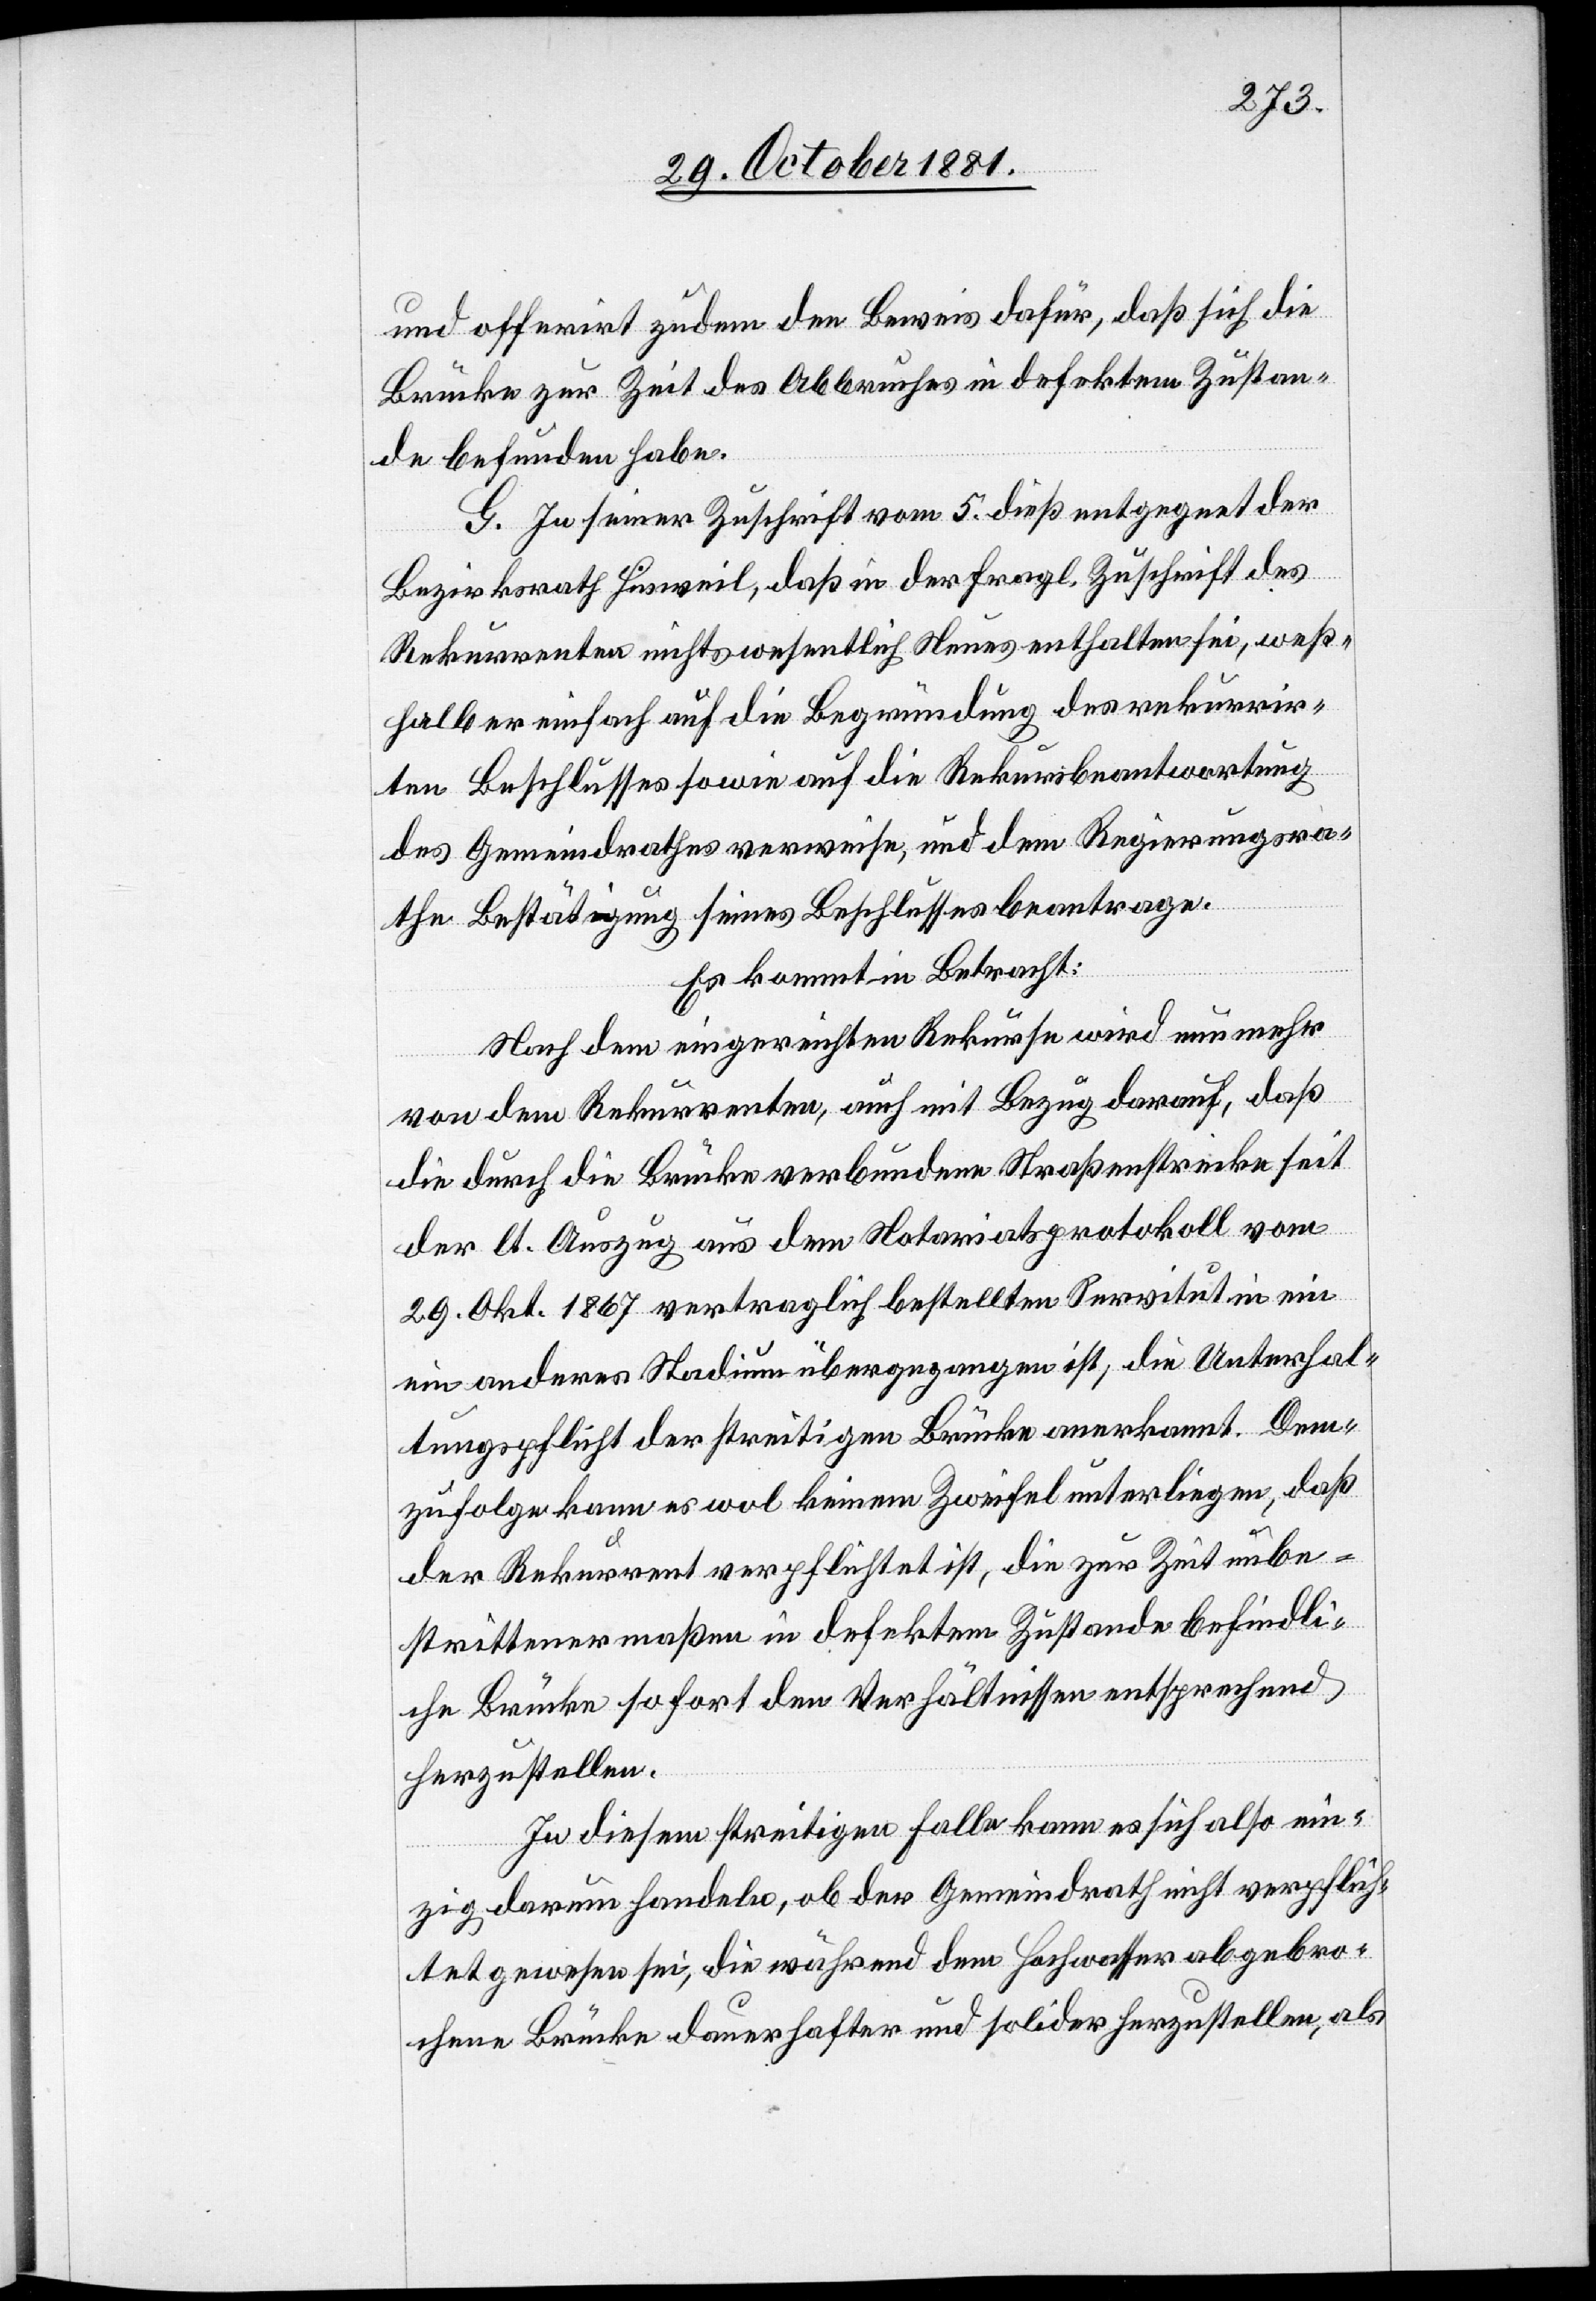
und offerirt zudem den Beweis dafür, daß sich die
Brücke zur Zeit des Abbruches in defektem Zustan¬
de befunden habe.
G. In seiner Zuschrift vom 5. dieß entgegnet der
Bezirksrath Hinweil, daß in der fragl. Zuschrift des
Rekurrenten nichts wesentlich neues enthalten sei, weß¬
halb er einfach auf die Begründung des rekurrir¬
ten Beschlusses sowie auf die Rekursbeantwortung
des Gemeindrathes verweise, und dem Regierungsra¬
the Bestätigung seines Beschlusses beantrage.
Es kommt in Betracht:
Nach dem eingereichten Rekurse wird nunmehr
von dem Rekurrenten, auch mit Bezug darauf, daß
die durch die Brücke verbundene Straßenstrecke seit
der lt. Auszug aus dem Notariatsprotokoll vom
29. Okt. 1867 vertraglich bestellten Servitut in ein
[sic!] anderes Stadium übergegangen ist, die Unterhal¬
tungspflicht der streitigen Brücke anerkannt. Dem¬
zufolge kann es wol keinem Zweifel unterliegen, daß
der Rekurrent verpflichtet ist, die zur Zeit unbe¬
strittenermaßen in defektem Zustande befindli¬
che Brücke sofort den Verhältnissen entsprechend
herzustellen.
In diesem streitigen Falle kann es sich also ein¬
zig darum handeln, ob der Gemeindrath nicht verpflich¬
tet gewesen sei, die während dem Hochwasser abgebro¬
chene Brücke dauerhafter und solider herzustellen, als